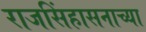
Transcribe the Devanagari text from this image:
राजसिंहासनाच्या